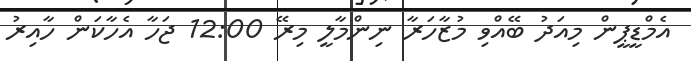
އެމްޑީޕީން މިއަދު ބޭއްވި މުޒާހަރާ ނިންމާލީ މިރޭ 12:00 ޖަހާ އެހާކަން ހާއިރު